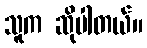
သူက ဆိုပါတယ်။